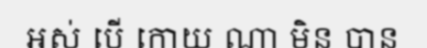
អស់ បើ កោយ ណា មិន បាន